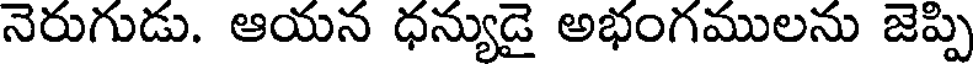
నెరుగుడు. ఆయన ధన్యుడై అభంగములను జెప్పి